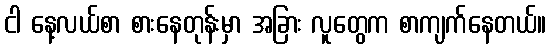
ငါ နေ့လယ်စာ စားနေတုန်းမှာ အခြား လူတွေက စာကျက်နေတယ်။